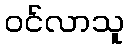
ဝင်လာသူ